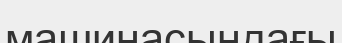
машинасындағы